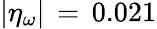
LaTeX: |\eta_{\omega}|\, =\, 0.021